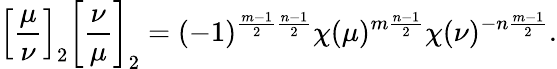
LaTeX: \left[{\frac{\mu}{\nu}}\right]_{2}\left[{\frac{\nu}{\mu}}\right]_{2}=(-1)^{{\frac{m-1}{2}}{\frac{n-1}{2}}}\chi(\mu)^{m{\frac{n-1}{2}}}\chi(\nu)^{-n{\frac{m-1}{2}}}.